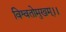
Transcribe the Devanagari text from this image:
विश्वतोमुखम्‌।।